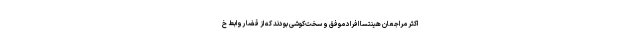
اکثر مراجعان هینتسا افراد موفق و سخت‌کوشی بودند که از قضا روابط خ